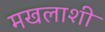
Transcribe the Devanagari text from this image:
मखलाशी